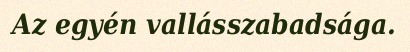
Az egyén vallásszabadsága.